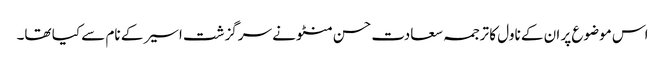
اس موضوع پر ان کے ناول کا ترجمہ سعادت حسن منٹو نے سرگزشت اسیر کے نام سے کیا تھا۔